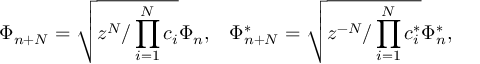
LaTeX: \Phi _ { n + N } = \sqrt { z ^ { N } / \prod _ { i = 1 } ^ { N } c _ { i } } \Phi _ { n } , \; \; \; \Phi _ { n + N } ^ { * } = \sqrt { z ^ { - N } / \prod _ { i = 1 } ^ { N } c _ { i } ^ { * } } \Phi _ { n } ^ { * } ,